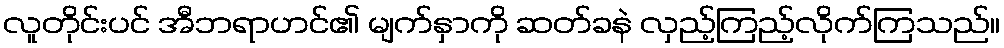
လူတိုင်းပင် အီဘရာဟင်၏ မျက်နှာကို ဆတ်ခနဲ လှည့်ကြည့်လိုက်ကြသည်။